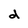
Character: d